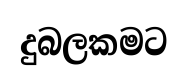
දුබලකමට